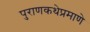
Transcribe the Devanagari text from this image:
पुराणकथेप्रमाणे